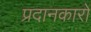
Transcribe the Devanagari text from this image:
प्रदानकारों